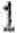
1